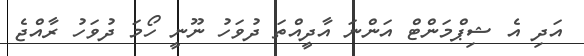
އަދި އެ ޝިޕްމަންޓް އަންނަ އާދީއްތަ ދުވަހު ނޫނީ ހޯމަ ދުވަހު ރާއްޖެ